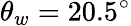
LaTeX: \theta_{w}=20.5^{\circ}